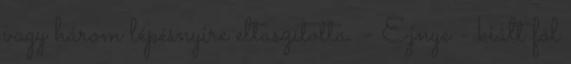
vagy három lépésnyire eltaszította. - Ejnye - kiált föl